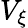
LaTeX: V_{\xi}